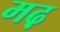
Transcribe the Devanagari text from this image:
मढ़़